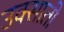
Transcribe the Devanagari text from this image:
उक्साती